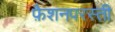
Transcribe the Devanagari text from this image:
फ़ैशनपरस्ती